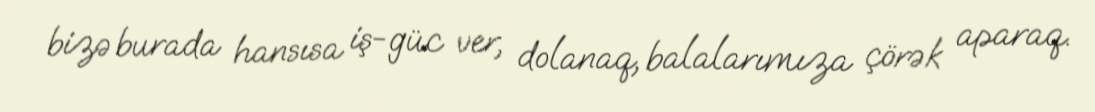
bizə burada hansısa iş-güc ver, dolanaq, balalarımıza çörək aparaq.